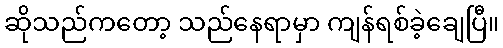
ဆိုသည်ကတော့ သည်နေရာမှာ ကျန်ရစ်ခဲ့ချေပြီ။